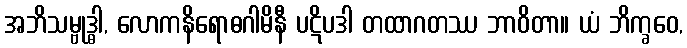
အဘိသမ္ဗုဒ္ဓါ, လောကနိရောဓဂါမိနီ ပဋိပဒါ တထာဂတဿ ဘာဝိတာ။ ယံ ဘိက္ခဝေ,